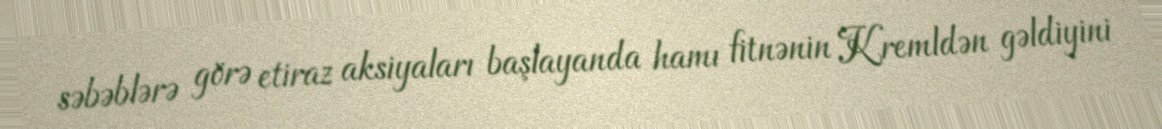
səbəblərə görə etiraz aksiyaları başlayanda hamı fitnənin Kremldən gəldiyini